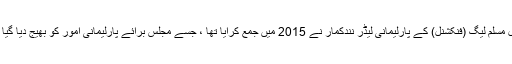
یہ بل مسلم لیگ (فنکشنل) کے پارلیمانی لیڈر نندکمار نے 2015 میں جمع کرایا تھا ، جسے مجلس برائے پارلیمانی امور کو بھیج دیا گیا تھا ۔